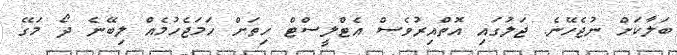
ބަލާކަށް ނުޖެހޭނެ. ޖަލުގައި އޮތްއިރުވެސް އެޓްލީސްޓް ހިތަށް ހަމަޖެހުމެއް ލިބޭނެ ދޯ މަގޭ